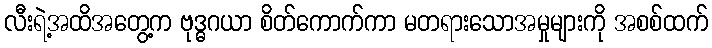
လီးရဲ့အထိအတွေ့က ဗုဒ္ဓဂယာ စိတ်ကောက်ကာ မတရားသောအမှုများကို အစစ်ထက်